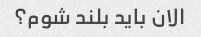
الان باید بلند شوم؟